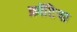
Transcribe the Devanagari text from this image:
क्रॉटिया